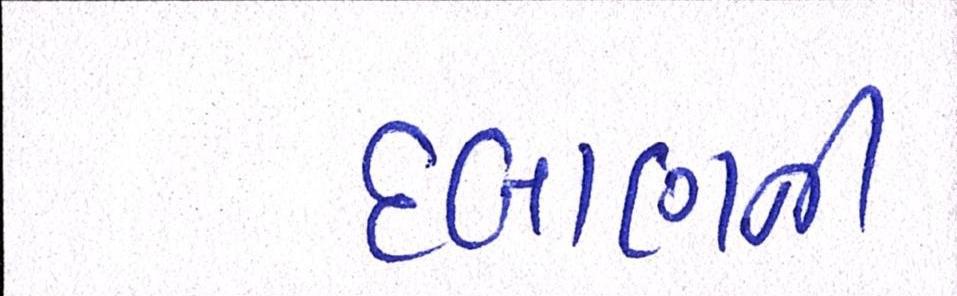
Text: દબાણની